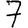
Digit: 7